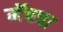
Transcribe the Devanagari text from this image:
मॅचचा